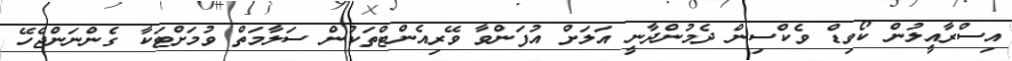
އިސްރާއީލުން ކޯވިޑް ވެކްސިން ދެމުންދާނީ އަލަށް އުފަންވާ ވޭރިއެންޓްތަކުން ސަލާމަތް ވުމަށްޓަކާ ގެންނަންޖެހޭ